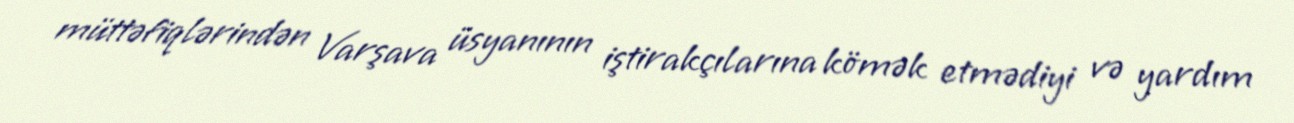
müttəfiqlərindən Varşava üsyanının iştirakçılarına kömək etmədiyi və yardım